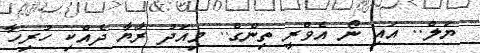
ޔަލް.. އައި ނޯ އެވްރީ ތިންގް.. މިއަދު ރާޔާ ދެއްކި ހުރިހާ